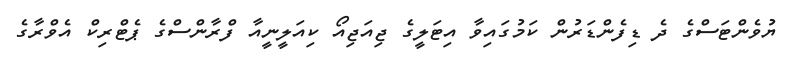
ޔުވެންޓަސްގެ ދެ ޑިފެންޑަރުން ކަމުގައިވާ އިޓަލީގެ ޖިއަޖިއޯ ކިއަލީނީއާ ފްރާންސްގެ ޕެޓްރިކް އެވްރާގެ